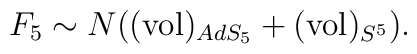
F_5 \sim N\big(({\rm vol})_{AdS_{5}} + ({\rm vol})_{S^{5}}\big).